Scientific memoirs by medical officers of the Army of India - Part III,
Year: 1887
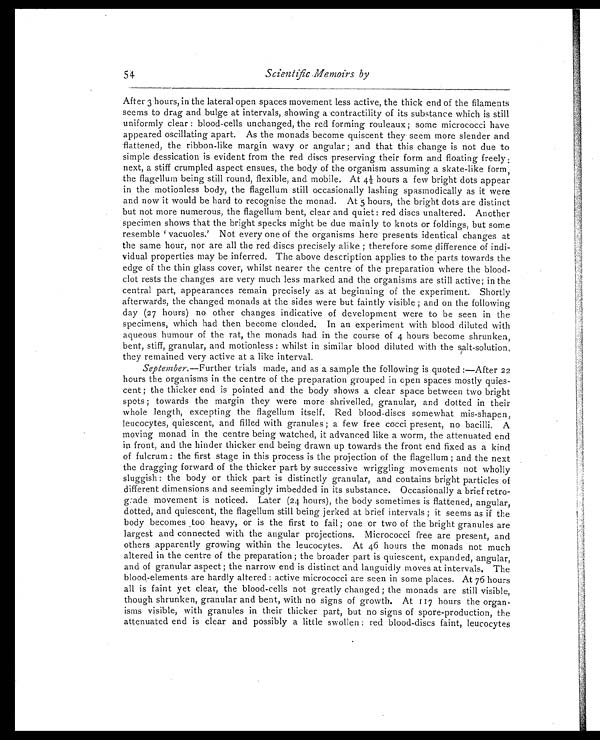
5 4
Scientific Memoirs by
After 3 hours, in the lateral open spaces movement less active, the thick end of the filaments
seems to drag and bulge at intervals, showing a contractility of its substance which is still
uniformly clear: blood-cells unchanged, the red forming rouleaux; some micrococci have
appeared oscillating apart. As the monads become quiscent they seem more slender and
flattened, the ribbon-like margin wavy or angular; and that this change is not due to
simple dessication is evident from the red discs preserving their form and floating freely:
next, a stiff crumpled aspect ensues, the body of the organism assuming a skate-like form,
the flagellum being stillround, flexible, and mobile. At 4½ hours a few bright dots appear
in the motionless body, the flagellum still occasionally lashing spasmodically as it were
and now it would be hard to recognise the monad. At 5 hours, the bright dots are distinct
but not more numerous, the flagellum bent, clear and quiet: red discs unaltered. Another
specimen shows that the bright specks might be due mainly to knots or foldings, but some
r e s e mb l e ' v a c u o l e s . ' No t e v e r y o n e o f t h e o r g a n i s ms h e r e p r e s e n t s i d e n t i c a l c h a n g e s a t
the same hour, nor are all the red discs precisely alike; therefore some difference of indi-
vidual properties may be inferred. The above description applies to the parts towards the
edge of the thin glass cover, whilst nearer the centre of the preparation where the blood-
clot rests the changes are very much less marked and the organisms are still active; in the
central part, appearances remain precisely as at beginning of the experiment. Shortly
afterwards, the changed monads at the sides were but faintly visible; and on the following
day (27 hours) no other changes indicative of development were to be seen in the
specimens, which had then become clouded. In an experiment with blood diluted with
aqueous humour of the rat, the monads had in the course of 4 hours become shrunken,
bent, stiff, granular, and motionless: whilst in similar blood diluted with the salt-solution,
they remained very active at a like interval.
September. —Further trials made, and as a sample the following is quoted:—After 22
hours the organisms in the centre of the preparation grouped in open spaces mostly quies-
cent; the thicker end is pointed and the body shows a clear space between two bright
spots; towards the margin they were more shrivelled, granular, and dotted in their
whole length, excepting the flagellum itself. Red blood-discs somewhat mis-shapen,
leucocytes, quiescent, and filled with granules; a few free cocci present, no bacilli. A
moving monad in the centre being watched, it advanced like a worm, the attenuated end
in front, and the hinder thicker end being drawn up towards the front end fixed as a kind
of fulcrum: the first stage in this process is the projection of the flagellum; and the next
the dragging forward of the thicker part by successive wriggling movements not wholly
sluggish: the body or thick part is distinctly granular, and contains bright particles of
different dimensions and seemingly imbedded in its substance. Occasionally a brief retro-
grade movement is noticed. Later (24 hours), the body sometimes is flattened, angular,
dotted, and quiescent, the flagellum still being jerked at brief intervals; it seems as if the
body becomes too heavy, or is the first to fail; one or two of the bright granules are
largest and connected with the angular projections. Micrococci free are present, and
others apparently growing within the leucocytes. At 46 hours the monads not much
altered in the centre of the preparation; the broader part is quiescent, expanded, angular,
and of granular aspect; the narrow end is distinct and languidly moves at intervals. The
blood-elements are hardly altered: active micrococci are seen in some places. At 76 hours
all is faint yet clear, the blood-cells not greatly changed; the monads are still visible,
though shrunken, granular and bent, with no signs of growth. At 117 hours the organ-
isms visible, with granules in their thicker part, but no signs of spore-production, the
attenuated end is clear and possibly a little swollen: red blood-discs faint, leucocytes